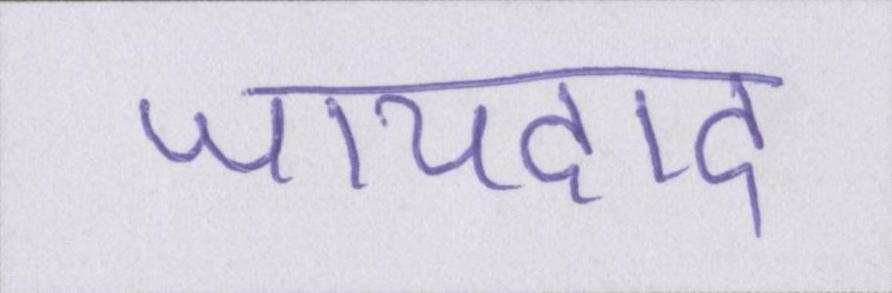
जायदाद